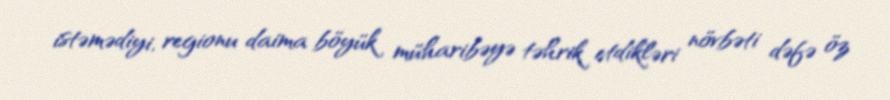
istəmədiyi, regionu daima böyük müharibəyə təhrik etdikləri növbəti dəfə öz